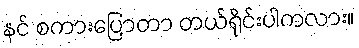
နင် စကားပြောတာ တယ်ရိုင်းပါကလား။